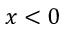
x < 0